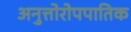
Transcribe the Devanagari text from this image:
अनुत्तोरोपपातिक